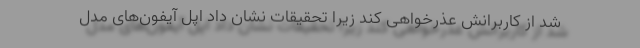
شد از کاربرانش عذرخواهی کند زیرا تحقیقات نشان داد اپل آیفون‌های مدل